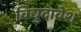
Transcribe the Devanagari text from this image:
विद्युदावेश